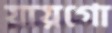
যায়গো